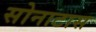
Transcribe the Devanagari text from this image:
सोनाटास